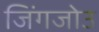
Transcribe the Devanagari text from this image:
जिंगजोउ